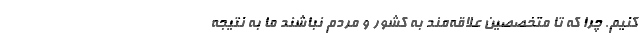
کنیم. چرا که تا متخصصین علاقه‌مند به کشور و مردم نباشند ما به نتیجه